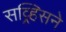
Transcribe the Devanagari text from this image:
सव्र्हिसने